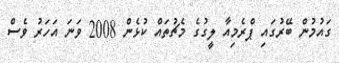
ގައުމުން ބޭރުގައި ޕްރެމިއާ ލީގުގެ މެޗުތައް ކުޅެން 2008 ވަނަ އަހަރު ވެސް